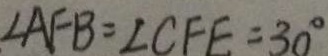
\angle A F B = \angle C F E = 3 0 ^ { \circ }